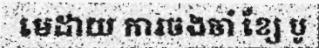
មេដាយ ការចងចាំ ខ្សែ បូ